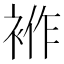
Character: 𧚙